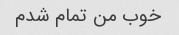
خوب من تمام شدم